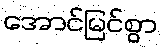
အောင်မြင်စွာ